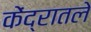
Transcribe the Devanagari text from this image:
केंद्रातले